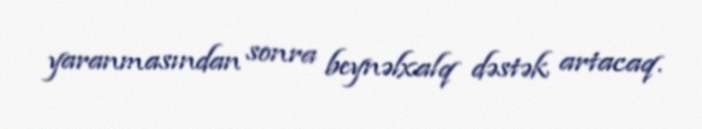
yaranmasından sonra beynəlxalq dəstək artacaq.